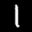
Label: 1